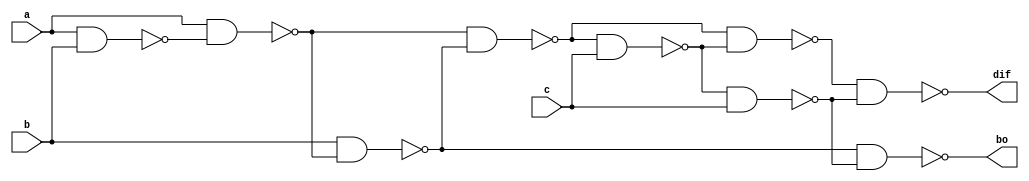
`timescale 1ns / 1ps
//////////////////////////////////////////////////////////////////////////////////
// Company: 
// Engineer: 
// 
// Design Name: 
// Module Name: fs_nand
// Project Name: 
// Target Devices: 
// Tool Versions: 
// Description: 
// 
// Dependencies: 
// 
// Revision:
// Revision 0.01 - File Created
// Additional Comments:
// 
//////////////////////////////////////////////////////////////////////////////////


module fs_nand(input a,b,c,output dif,bo );
wire w1,w2,w3,w4,w5,w6,w7;
nand n1(w1,a,b);
nand n2(w2,a,w1);
nand n3(w3,b,w2);
nand n4(w4,w2,w3);
nand n5(w5,w4,c);
nand n6(w6,w4,w5);
nand n7(w7,w5,c);
nand n8(dif,w6,w7);
nand n9(bo,w3,w7);
endmodule